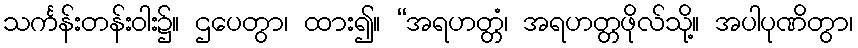
သင်္ကန်းတန်းဝါး၌။ ဌပေတွာ၊ ထား၍။ “အရဟတ္တံ၊ အရဟတ္တဖိုလ်သို့။ အပါပုဏိတွာ၊